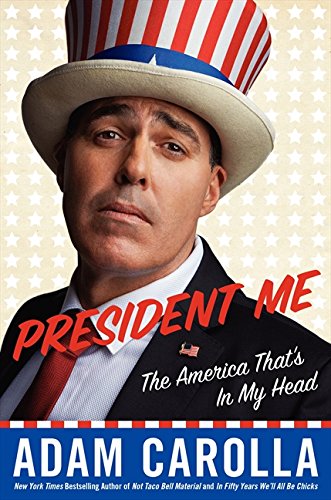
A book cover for President Me: The America That's in My Head; Adam Carolla; Humor & Entertainment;